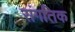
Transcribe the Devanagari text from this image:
संगतिक